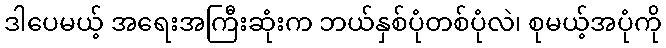
ဒါပေမယ့် အရေးအကြီးဆုံးက ဘယ်နှစ်ပုံတစ်ပုံလဲ၊ စုမယ့်အပုံကို